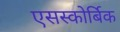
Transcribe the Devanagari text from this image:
एसस्कोर्बिक